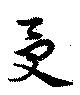
受